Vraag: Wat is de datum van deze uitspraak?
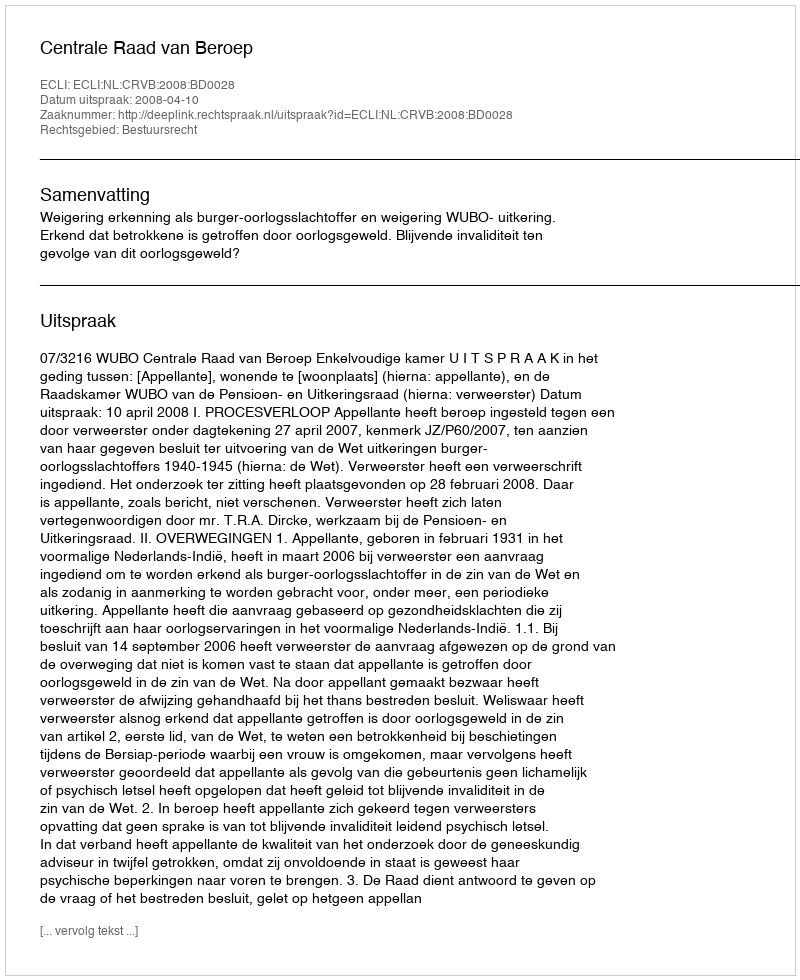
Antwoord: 2008-04-10